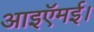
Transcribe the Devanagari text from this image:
आइऍमई।